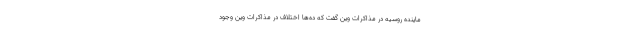
ماینده روسیه در مذاکرات وین گفت که ده‌ها اختلاف در مذاکرات وین وجود